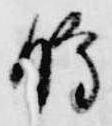
時